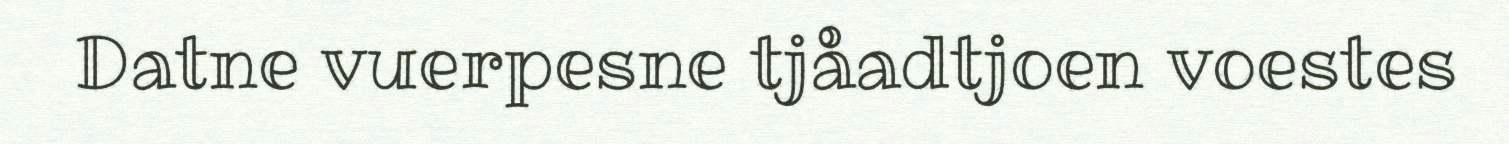
Datne vuerpesne tjåadtjoen voestes